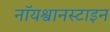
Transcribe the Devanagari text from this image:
नॉयश्वानस्टाइन